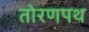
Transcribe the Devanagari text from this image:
तोरणपथ